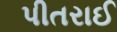
પીતરાઈ